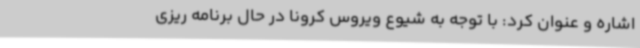
اشاره و عنوان کرد: با توجه به شیوع ویروس کرونا در حال برنامه ریزی